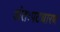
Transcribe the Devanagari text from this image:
अंतःपटधारण